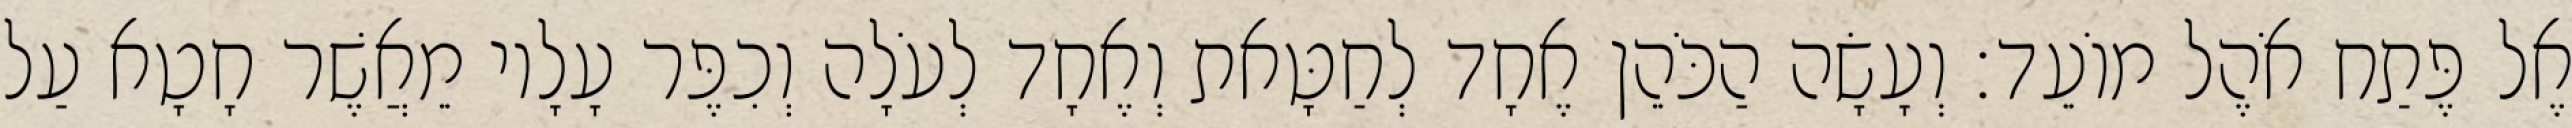
אֶל פֶּתַח אֹהֶל מוֹעֵד׃ וְעָשָׂה הַכֹּהֵן אֶחָד לְחַטָּאת וְאֶחָד לְעֹלָה וְכִפֶּר עָלָיו מֵאֲשֶׁר חָטָא עַל